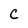
Character: C